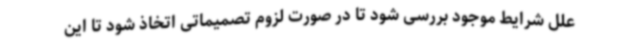
علل شرایط موجود بررسی شود تا در صورت لزوم تصمیماتی اتخاذ شود تا این